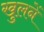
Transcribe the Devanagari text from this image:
खुलनें